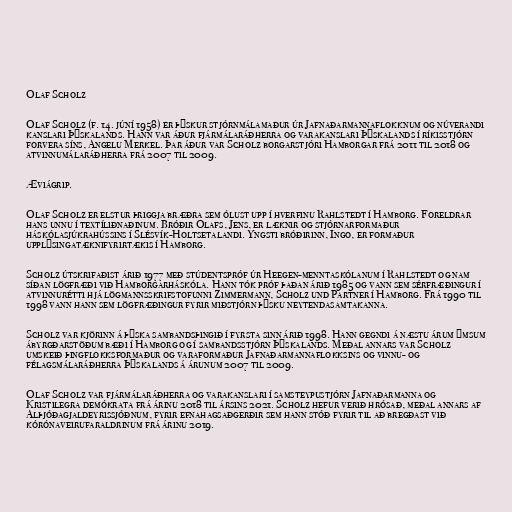
Olaf Scholz

Olaf Scholz (f. 14. júní 1958) er þýskur stjórnmálamaður úr Jafnaðarmannaflokknum og núverandi
kanslari Þýskalands. Hann var áður fjármálaráðherra og varakanslari Þýskalands í ríkisstjórn
forvera síns, Angelu Merkel. Þar áður var Scholz borgarstjóri Hamborgar frá 2011 til 2018 og
atvinnumálaráðherra frá 2007 til 2009.

Æviágrip.

Olaf Scholz er elstur þriggja bræðra sem ólust upp í hverfinu Rahlstedt í Hamborg. Foreldrar
hans unnu í textíliðnaðinum. Bróðir Olafs, Jens, er læknir og stjórnarformaður
háskólasjúkrahússins í Slésvík-Holtsetalandi. Yngsti bróðirinn, Ingo, er formaður
upplýsingatæknifyrirtækis í Hamborg.

Scholz útskrifaðist árið 1977 með stúdentspróf úr Heegen-menntaskólanum í Rahlstedt og nam
síðan lögfræði við Hamborgarháskóla. Hann tók próf þaðan árið 1985 og vann sem sérfræðingur í
atvinnurétti hjá lögmannsskrifstofunni Zimmermann, Scholz und Partner í Hamborg. Frá 1990 til
1998 vann hann sem lögfræðingur fyrir miðstjórn þýsku neytendasamtakanna.

Scholz var kjörinn á þýska sambandsþingið í fyrsta sinn árið 1998. Hann gegndi á næstu árum ýmsum
ábyrgðarstöðum bæði í Hamborg og í sambandsstjórn Þýskalands. Meðal annars var Scholz
umskeið þingflokksformaður og varaformaður Jafnaðarmannaflokksins og vinnu- og
félagsmálaráðherra Þýskalands á árunum 2007 til 2009.

Olaf Scholz var fjármálaráðherra og varakanslari í samsteypustjórn Jafnaðarmanna og
Kristilegra demókrata frá árinu 2018 til ársins 2021. Scholz hefur verið hrósað, meðal annars af
Alþjóðagjaldeyrissjóðnum, fyrir efnahagsaðgerðir sem hann stóð fyrir til að bregðast við
kórónaveirufaraldrinum frá árinu 2019.